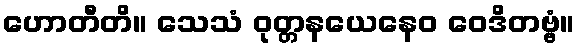
ဟောတီတိ။ သေသံ ဝုတ္တနယေနေဝ ဝေဒိတဗ္ဗံ။